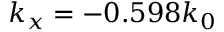
k _ { x } = - 0 . 5 9 8 k _ { 0 }